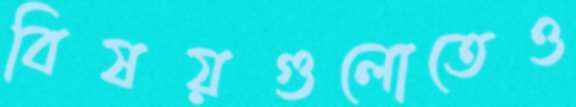
বিষয়গুলোতেও